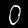
Label: 0